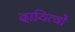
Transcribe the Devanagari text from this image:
दायित्‍वों